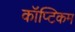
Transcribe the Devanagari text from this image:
कॉप्टिकम